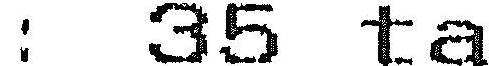
: 35 TA